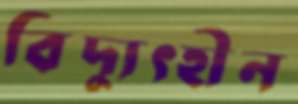
বিদ্যুৎহীন